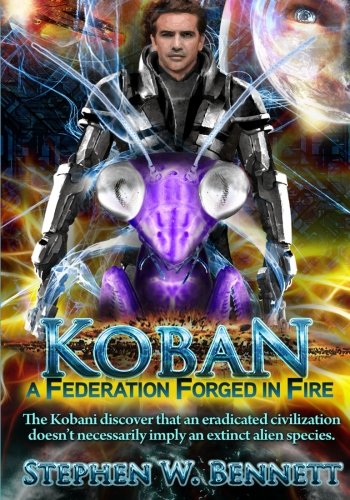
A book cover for Koban: A Federation Forged in Fire (Volume 5); Stephen W Bennett; Science Fiction & Fantasy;